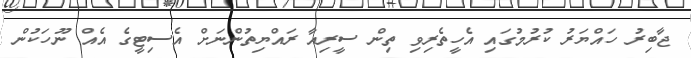
ޖާބިރު ހައްޔަރު ކުރުމުގައި އެހީތެރިވި ތިން ސީރިއާ ރައްޔިތުންނަށް އެސިޓީގެ އެއް ނޫހަކުން